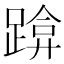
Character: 𰸡